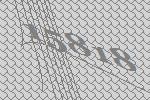
15818